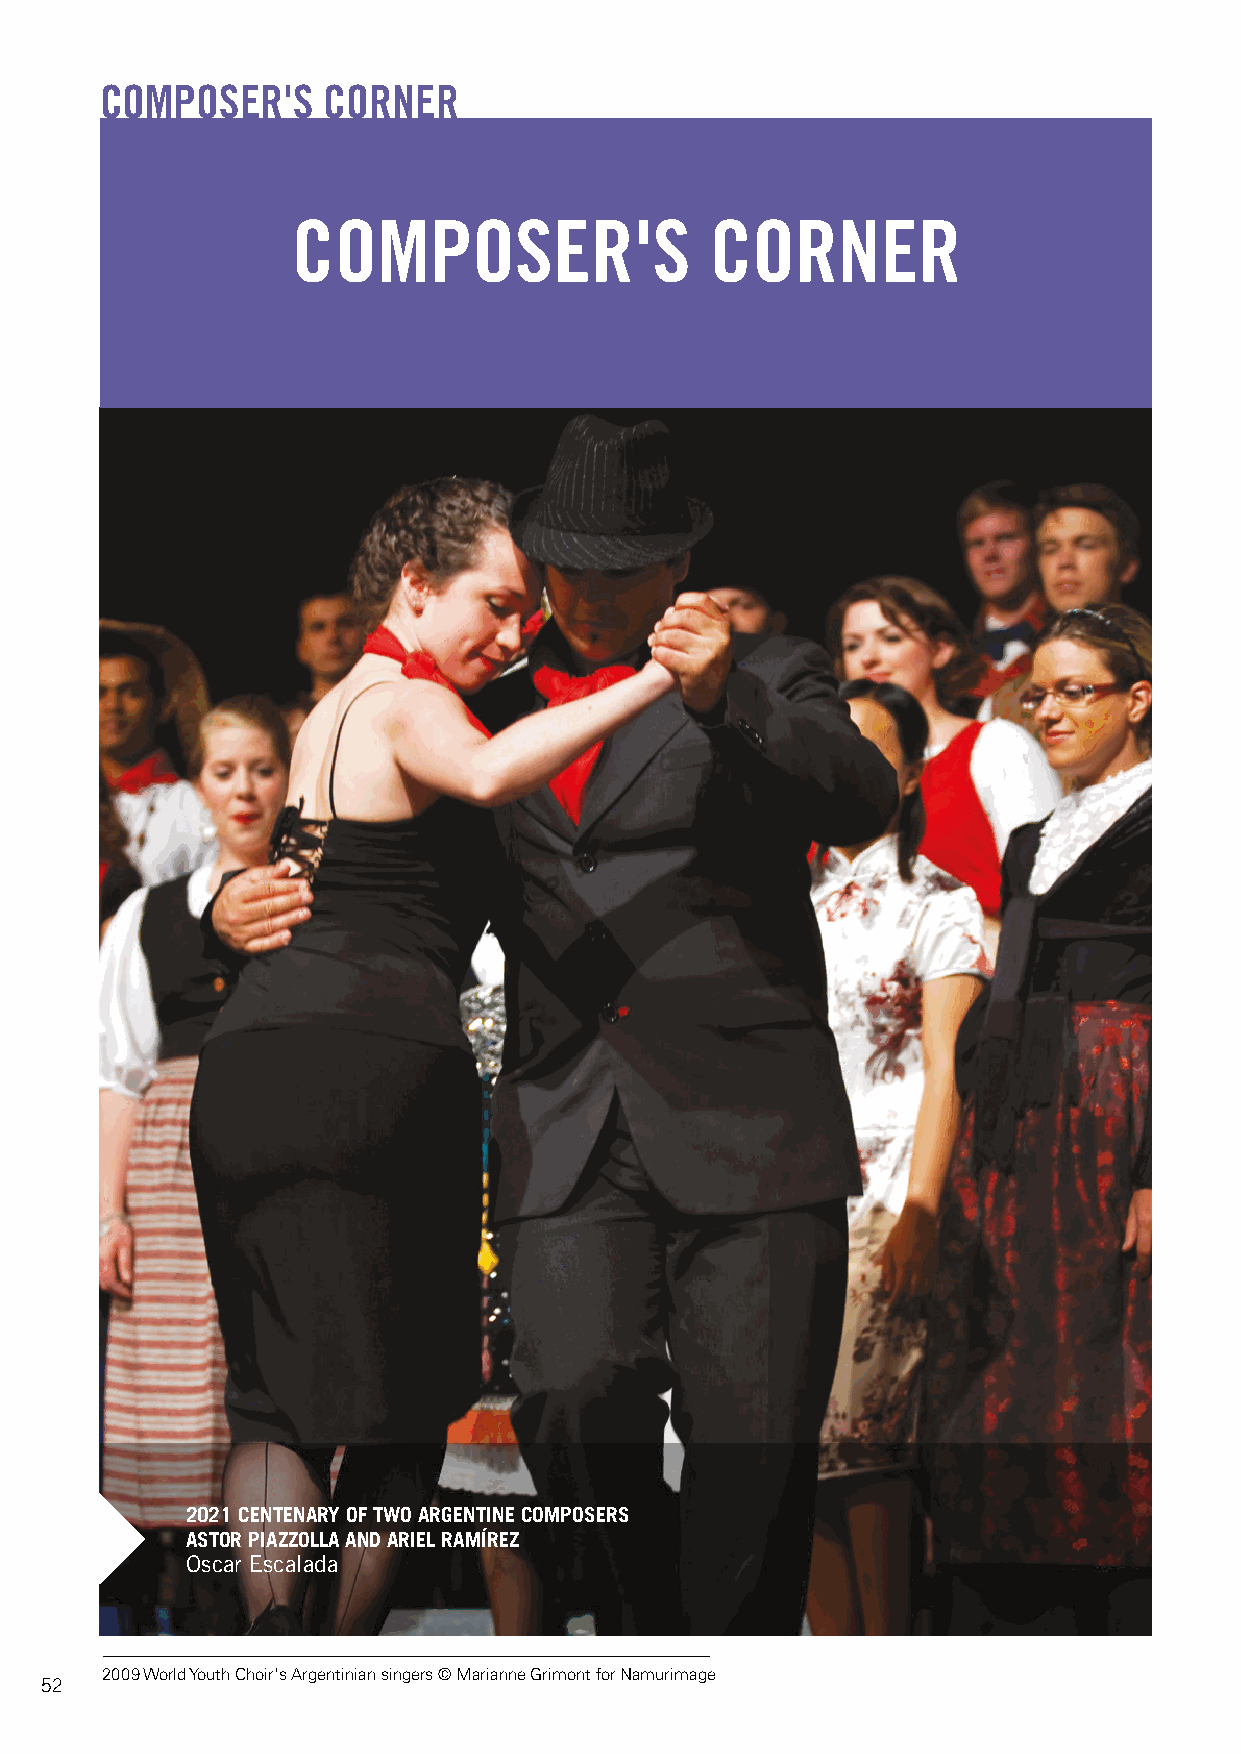
COMPOSER'S    CORNER
 COMPOSER'S                  CORNER
 2021 CENTENARY OF TWO ARGENTINE COMPOSERS
 ASTOR PIAZZOLLA AND ARIEL RAMÍREZ
 Oscar Escalada
 2009 World Youth Choir's Argentinian singers © Marianne Grimont for Namurimage
 52